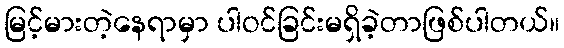
မြင့်မားတဲ့နေရာမှာ ပါဝင်ခြင်းမရှိခဲ့တာဖြစ်ပါတယ်။